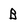
Character: B